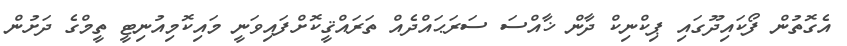
އެގޮތުން ފޯކައިދޫގައި ޕިކްނިކް ދާން ޚާއްސަ ސަރަޙައްދެއް ތަރައްޤީކޮށްފައިވަނީ މައިކޮމިއުނިޓީ ތީމްގެ ދަށުން